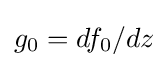
g_{0}=df_{0}/dz